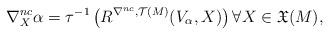
LaTeX: \begin{align*}\nabla_X^{nc} \alpha = \tau^{-1} \left({R}^{\nabla^{nc},\mathcal{T}(M)}(V_{\alpha},X) \right) \forall X \in \mathfrak{X}(M), \end{align*}